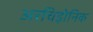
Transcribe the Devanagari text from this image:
अरचिड़ोनिक